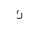
Letter: _kaf